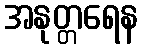
အနုတ္တရေန